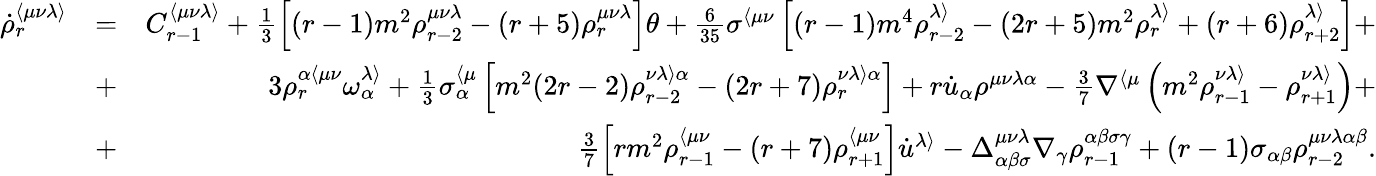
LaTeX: \begin{array}{rlr}{\dot{\rho}_{r}^{\langle\mu\nu\lambda\rangle}}&{=}&{C_{r-1}^{\langle\mu\nu\lambda\rangle}+\frac{1}{3}\left[(r-1)m^{2}\rho_{r-2}^{\mu\nu\lambda}-(r+5)\rho_{r}^{\mu\nu\lambda}\right]\theta+\frac{6}{35}\sigma^{\langle\mu\nu}\left[(r-1)m^{4}\rho_{r-2}^{\lambda\rangle}-(2r+5)m^{2}\rho_{r}^{\lambda\rangle}+(r+6)\rho_{r+2}^{\lambda\rangle}\right]+}\\ &{+}&{3\rho_{r}^{\alpha\langle\mu\nu}\omega^{\lambda\rangle}_{\alpha}+\frac{1}{3}\sigma_{\alpha}^{\langle\mu}\left[m^{2}(2r-2)\rho_{r-2}^{\nu\lambda\rangle\alpha}-(2r+7)\rho_{r}^{\nu\lambda\rangle\alpha}\right]+r\dot{u}_{\alpha}\rho^{\mu\nu\lambda\alpha}-\frac{3}{7}\nabla^{\langle\mu}\left(m^{2}\rho_{r-1}^{\nu\lambda\rangle}-\rho_{r+1}^{\nu\lambda\rangle}\right)+}\\ &{+}&{\frac{3}{7}\left[rm^{2}\rho_{r-1}^{\langle\mu\nu}-(r+7)\rho_{r+1}^{\langle\mu\nu}\right]\dot{u}^{\lambda\rangle}-\Delta_{\alpha\beta\sigma}^{\mu\nu\lambda}\nabla_{\gamma}\rho_{r-1}^{\alpha\beta\sigma\gamma}+(r-1)\sigma_{\alpha\beta}\rho_{r-2}^{\mu\nu\lambda\alpha\beta}.}\end{array}